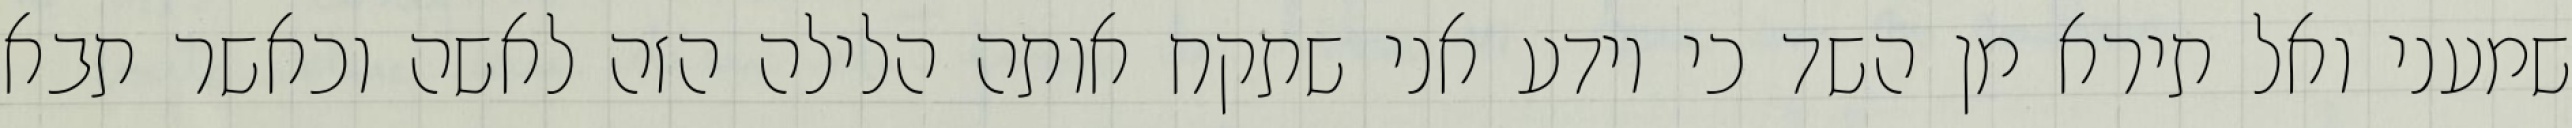
שמעני ואל תירא מן השד כי יודע אני שתקח אותה הלילה הזה לאשה וכאשר תבא